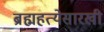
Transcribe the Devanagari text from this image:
ब्रह्महत्येसारखी